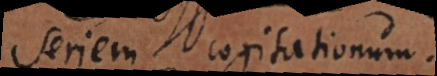
seriem cogitationum.